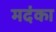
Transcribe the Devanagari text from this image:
मदंका